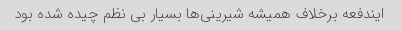
ایندفعه برخلاف همیشه شیرینی‌ها بسیار بی نظم چیده شده بود